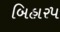
બિહાર૫